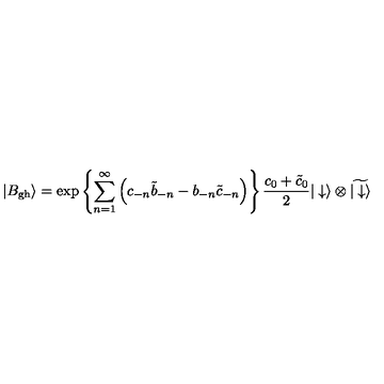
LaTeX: | B _ { \mathrm { g h } } \rangle = \exp \left\{ \sum _ { n = 1 } ^ { \infty } \left( c _ { - n } { \tilde { b } } _ { - n } - b _ { - n } { \tilde { c } } _ { - n } \right) \right\} { \frac { c _ { 0 } + { \tilde { c } } _ { 0 } } { 2 } } | \downarrow \rangle \otimes \widetilde { | \downarrow \rangle }